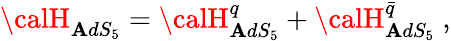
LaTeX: {\calH}_{\mathbf{A}dS_{5}}={\calH}_{\mathbf{A}dS_{5}}^{q}+{\calH}_{\mathbf{A}dS_{5}}^{\bar{{q}}}\ ,